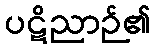
ပဋိညာဉ်၏